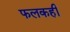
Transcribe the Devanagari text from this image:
फलकही